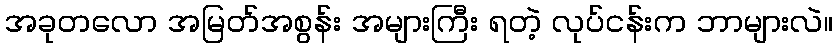
အခုတလော အမြတ်အစွန်း အများကြီး ရတဲ့ လုပ်ငန်းက ဘာများလဲ။